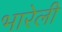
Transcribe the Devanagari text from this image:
भारेली